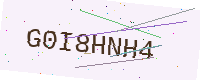
Text: G0I8HNH4